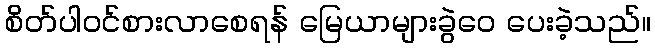
စိတ်ပါဝင်စားလာစေရန် မြေယာများခွဲဝေ ပေးခဲ့သည်။